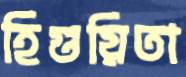
হিগুয়িতা